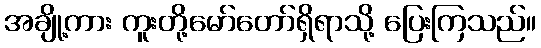
အချို့ကား ကူးတို့မော်တော်ရှိရာသို့ ပြေးကြသည်။